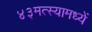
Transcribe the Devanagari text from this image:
४३मत्स्यामध्यें